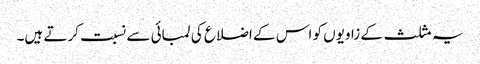
یہ مثلث کے زاویوں کو اس کے اضلاع کی لمبائی سے نسبت کرتے ہیں۔